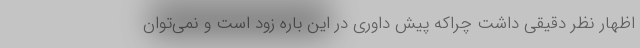
اظهار نظر دقیقی داشت چراکه پیش داوری در این باره زود است و نمی‌توان